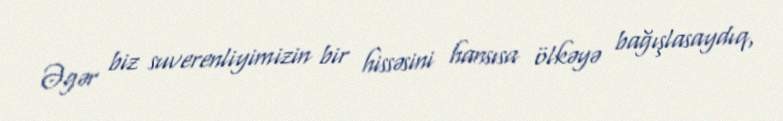
Əgər biz suverenliyimizin bir hissəsini hansısa ölkəyə bağışlasaydıq,